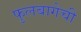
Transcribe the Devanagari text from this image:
फुलबागेची